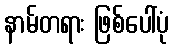
နာမ်တရား ဖြစ်ပေါ်ပုံ